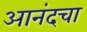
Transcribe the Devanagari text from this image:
आनंदचा